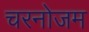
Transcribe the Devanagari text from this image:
चरनोजम